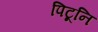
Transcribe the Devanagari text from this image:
पिटूनि